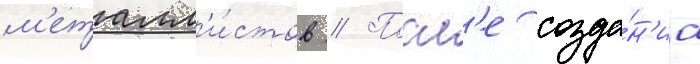
м'еталл'и́стов // Посл'е созда́н'иа